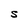
Character: S